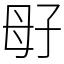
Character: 㝀